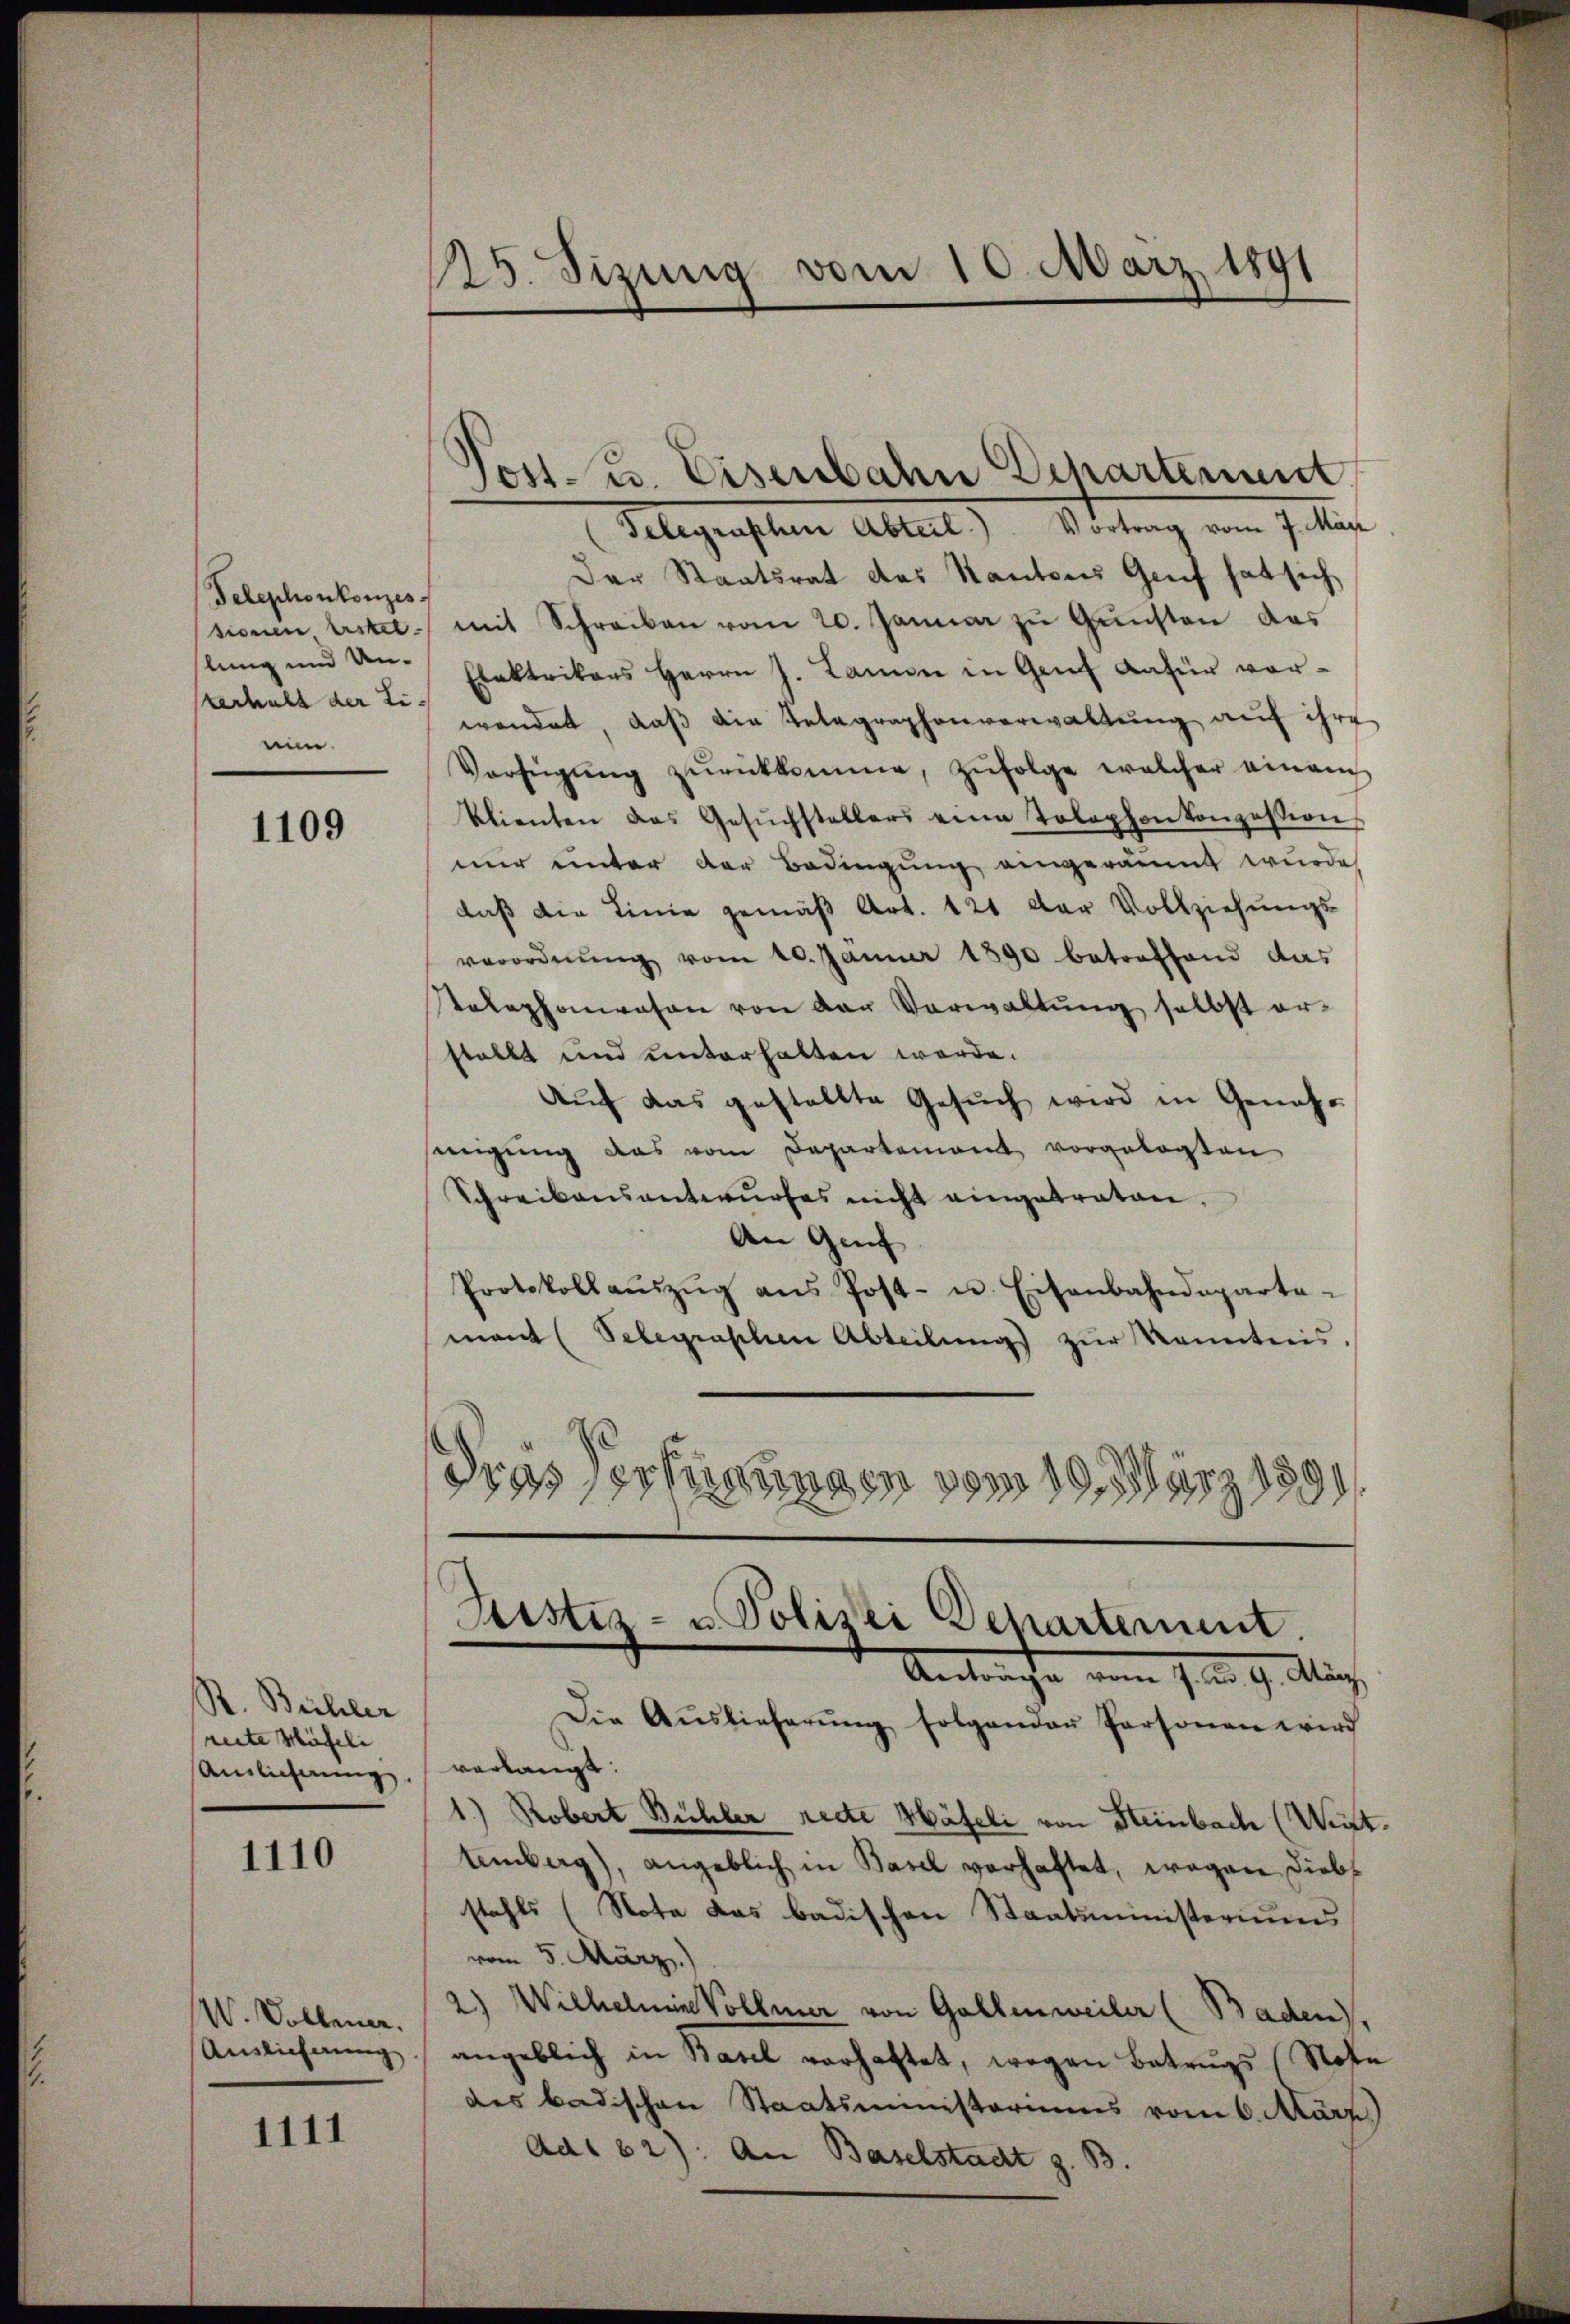
Telephonkonzes
serhalt der Linun.

1109

R. Bichler
reite Häfele |
Auslichnung

1110

V. Vollen.
Auslieferung

1111

15. Sizung vom 10. März 189

Post- u. Eisenbahn Departement
(Gelegraphen Abteil) Vortrag vom 7. Mär
Der Staatsrat des Kantons Genf hat sich
sionen, erstel mit Schreiben vom 20. Januar zŭ Gŭnsten das
lung und den Elektrikers Herrn J. Lamen in Genf dafür vorwendet, daβ die Telegraphenverwaltŭng auf ihre
Verfügŭng zŭrückkomme, zŭfolge welcher einauch
klienten das Gesŭchstellers eine Tolephon konzession
nur unter der Bedingung eingeräumt wurde
daß die Linie gemäß Art. 121 der Vollziehungs-
verordnŭng vom 20. Jänner 1890 betreffend das
Rtelephonwesen von der Verwaltŭng selbst er-
stellt und unterhalten werde.
Auf das gestellte Gesŭch wird in Genehsinigung das vom Departement vorgelegten
Schreibensantwurfes nicht eingetraten.
An Gef
Protokollaŭszŭg ans Post- u. Eisenbahndeparta-
mant (Telegraphen Abteilŭng zŭr Kenntnis.
dres Verfügungen vom 19. März 1891.

Justiz- u. Polizei Departement
Antrache vom 7. ten 9. Auch

Die Aŭslieferŭng folgender Personen wird
verlangt:
1.) Robert Bühler recte Häfeli von Steinbach (Weit.
temberg), angeblich in Basel verhaftet, wegen Diebs
stahls (Note das badischen Staatsministeriums
vom 5. März.)
2) Wilhelmine Vollmer von Gallenweiler (Baden
angeblich in Basel verhaftet, wegen Betrugs (Note
des Badischen Staatsministeriums vom 6. März
Ad182). An Baselstadt z. B.